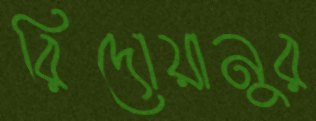
রিদোয়ানুর